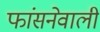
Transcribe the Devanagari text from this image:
फांसनेवाली